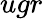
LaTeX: ugr